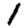
Digit: 1